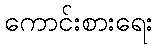
ကောင်းစားရေး